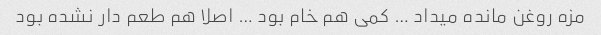
مزه روغن مانده میداد … کمی هم خام بود … اصلا هم طعم دار نشده بود